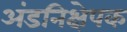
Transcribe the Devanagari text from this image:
अंडनिक्षेपक